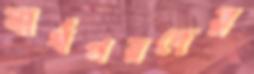
স্বার্থপরদের